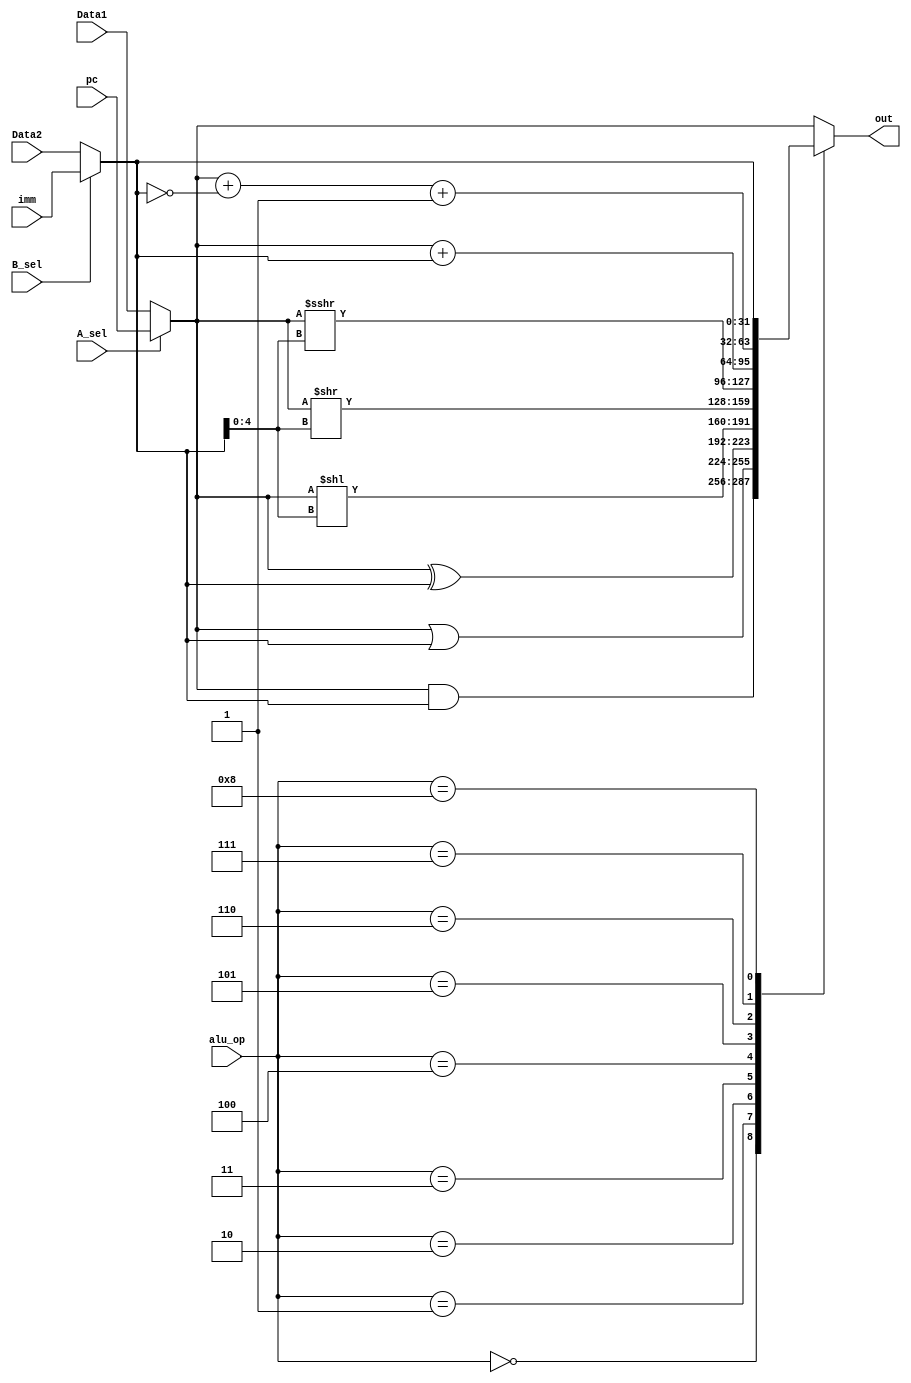
module ALU(
     input [31:0] Data1,
     input [31:0] Data2,
     input [31:0] imm,
     input [31:0] pc,
     input [3:0] alu_op,
     input A_sel,
     input B_sel,
     output reg [31:0]out 

    );
    
    wire[31:0] A=(A_sel==1'b0)?Data1:pc;
    wire[31:0] B=(B_sel==1'b0)?Data2:imm;
    
    always@(*)
    begin
        case(alu_op)
        4'b0000:out=A&B;
        4'b0001:out=A|B;
        4'b0010:out=A^B;
        4'b0011:out=A<<B[4:0];
        4'b0100:out=A>>B[4:0];
        4'b0101:out=$signed(A)>>>B[4:0];
        4'b0110:out=A+B;
        4'b0111:out=A+~B+1;
        4'b1000:out=B;  //lui 
         default:out=A;
          endcase
                 
    end
    
endmodule